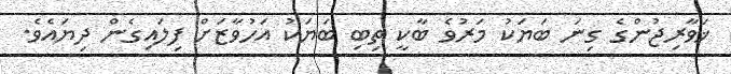
ޚަވާރިޖުންގެ ގިނަ ބަޔަކު މަރުވެ ބާކީ ތިބި ބަޔަކު އަހުވާޒަށް ފިލައިގެން ދިޔައެވެ.